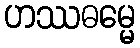
ဟဿဓမ္မေ